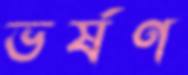
ভর্ষণ